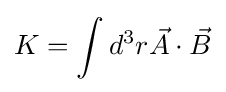
K=\int d^{3}r{\vec {A}}\cdot {\vec {B}}